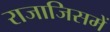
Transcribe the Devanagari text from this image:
राजाजिसमें